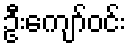
ဦးကျော်ဝင်း